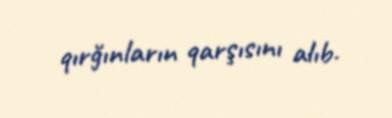
qırğınların qarşısını alıb.